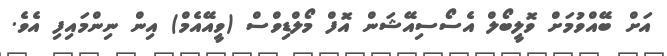
އަށް ބޭއްވުމަށް ވޮލީބޯލް އެސޯސިއޭޝަން އޮފް މޯލްޑިވްސް (ވީއޭއެމް) އިން ނިންމައިފި އެވެ.